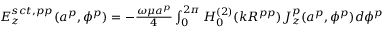
\begin{array} { r } { E _ { z } ^ { s c t , p p } ( a ^ { p } , \phi ^ { p } ) = - { \frac { \omega \mu a ^ { p } } { 4 } } \int _ { 0 } ^ { 2 \pi } H _ { 0 } ^ { ( 2 ) } ( k R ^ { p p } ) J _ { z } ^ { p } ( a ^ { p } , \phi ^ { p } ) d \phi ^ { p } } \end{array}